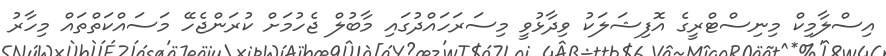
އިސްލާމިކް މިނިސްޓްރީގެ އޮފިޝަލަކު ވިދާޅުވީ މިސަރަހައްދުގައި މާބުލް ޖެހުމަށް ކުރަންޖެހޭ މަސައްކަތްތައް މިހާރު